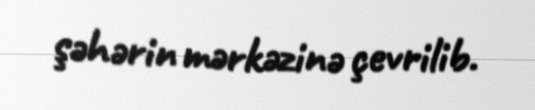
şəhərin mərkəzinə çevrilib.